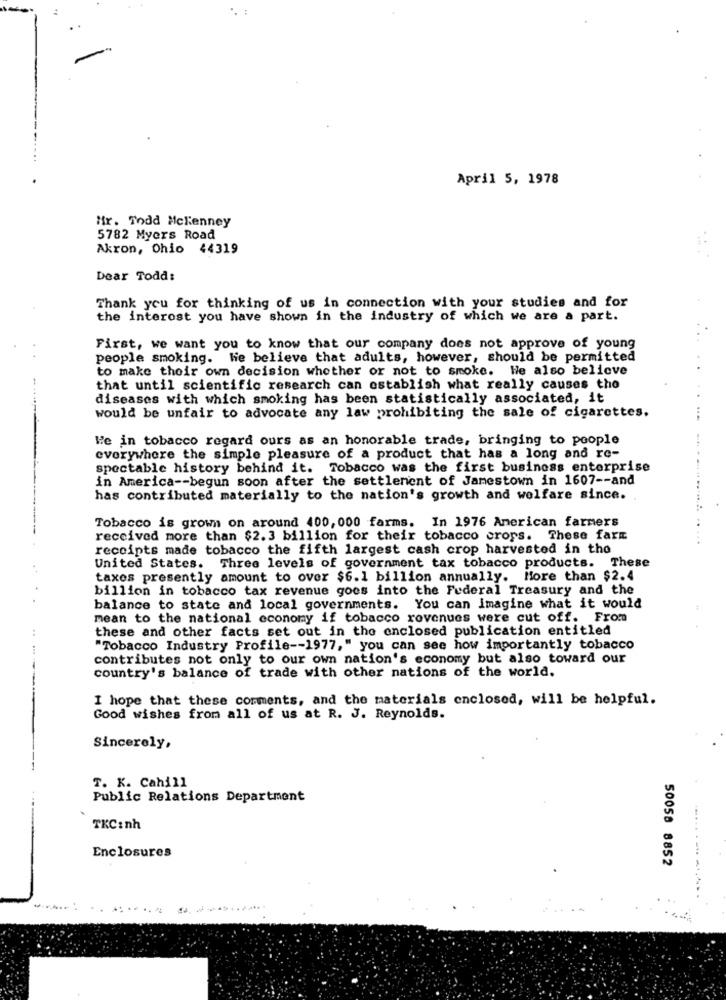
April 5, 1978
Mr. Todd Mckenney
5782 Myers Road
Akron, Ohio 44319
Dear Todd:
Thank you for thinking of us in connection with your studies and for
the interest you have shown in the industry of which we are a part.
First, we want you to know that our company does not approve of young
people smoking. We believe that adults, however, should be permitted
to make their own decision whether or not to smoke. He also believe
that until scientific research can establish what really causes tho
diseases with which smoking has been statistically associated, it
would be unfair to advocate any law prohibiting the sale of cigarettes.
We in tobacco regard ours as an honorable trade, bringing to people
everywhere the simple pleasure of a product that has a long and re-
spectable history behind it. Tobacco was the first business enterprise
in America -- begun soon after the settlement of Jamestown in 1607 -- and
has contributed materially to the nation's growth and welfare since.
Tobacco is grown on around 400, 000 farms. In 1976 American farmers
received more than $2.3 billion for their tobacco crops. These farm
receipts made tobacco the fifth largest cash crop harvested in the
United States. Three levels of government tax tobacco products. These
taxes presently amount to over $6.1 billion annually. More than $2.4
billion in tobacco tax revenue goes into the Federal Treasury and the
balance to state and local governments. You can imagine what it would
mean to the national economy if tobacco revenues were cut off. From
these and other facts set out in the enclosed publication entitled
"Tobacco Industry Profile -- 1977," you can see how importantly tobacco
contributes not only to our own nation's economy but also toward our
country's balance of trade with other nations of the world.
I hope that these comments, and the materials enclosed, will be helpful.
Good wishes from all of us at R. J. Reynolds.
Sincerely,
T. K. Cahill
Public Relations Department
TKC: nh
Enclosures
50058 8852